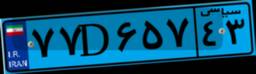
۳۹D۰۴۹۲۸